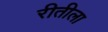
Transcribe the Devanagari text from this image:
रीतीला